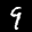
Label: 9